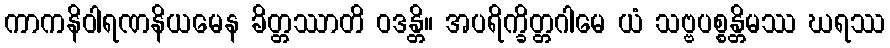
ကာကနိဝါရဏနိယမေန ခိတ္တဿာတိ ဝဒန္တိ။ အပရိက္ခိတ္တဂါမေ ယံ သဗ္ဗပစ္စန္တိမဿ ဃရဿ